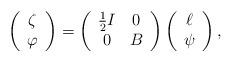
LaTeX: \begin{align*}\left(\begin{array}{c} \zeta \\ \varphi \end{array}\right)= \left(\begin{array}{cc}\frac{1}{2}I & 0 \\0 & B \\\end{array}\right)\left(\begin{array}{c} \ell \\ \psi \end{array}\right),\end{align*}